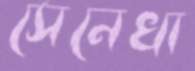
সেনেখা